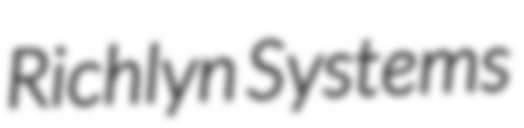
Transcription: Richlyn Systems